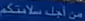
من-أبج-سلامتكم